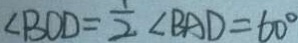
\angle B O D = \frac { 1 } { 2 } \angle B A D = 6 0 ^ { \circ }